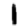
Digit: 1